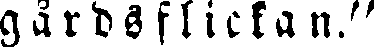
gårdsflickan."